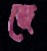
জে